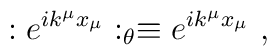
:e^{i k^\mu x_\mu}:_\theta \equiv e^{i k^{\mu } x_{\mu }}~,